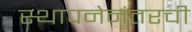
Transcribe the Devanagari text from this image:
स्थापनेनंतरची